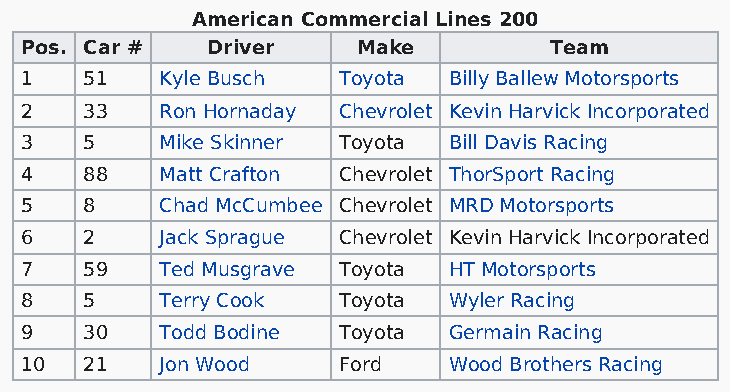
American Commercial Lines 200
 Pos. Car #   Driver    Make        Team
 1    51   Kyle Busch Toyota  Billy Ballew Motorsports
 2    33   Ron Hornaday Chevrolet Kevin Harvick Incorporated
 3    5    Mike Skinner Toyota Bill Davis Racing
 4    88   Matt Crafton Chevrolet ThorSport Racing
 5    8    Chad McCumbee Chevrolet MRD Motorsports
 6    2    Jack Sprague Chevrolet Kevin Harvick Incorporated
 7    59   Ted Musgrave Toyota HT Motorsports
 8    5    Terry Cook Toyota  Wyler Racing
 9    30   Todd Bodine Toyota Germain Racing
 10   21   Jon Wood   Ford    Wood Brothers Racing